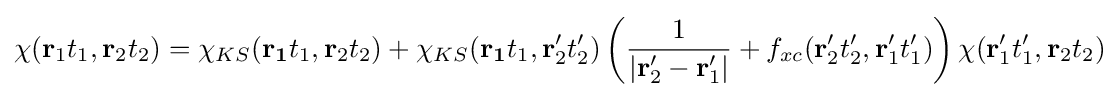
\chi (\mathbf {r} _{1}t_{1},\mathbf {r} _{2}t_{2})=\chi _{KS}(\mathbf {r_{1}} t_{1},\mathbf {r} _{2}t_{2})+\chi _{KS}(\mathbf {r_{1}} t_{1},\mathbf {r} _{2}'t_{2}')\left({\frac {1}{|\mathbf {r} _{2}'-\mathbf {r} _{1}'|}}+f_{xc}(\mathbf {r} _{2}'t_{2}',\mathbf {r} _{1}'t_{1}')\right)\chi (\mathbf {r} _{1}'t_{1}',\mathbf {r} _{2}t_{2})